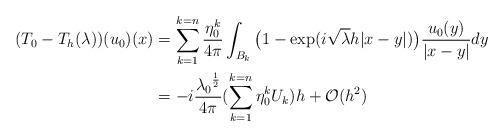
LaTeX: \begin{align*} (T_0-T_h(\lambda))(u_0)(x)&=\sum_{k=1}^{k=n}\frac{\eta_0^k}{4\pi}\int_{B_k}\big(1-\exp({i\sqrt{\lambda}h|x-y|)}\big) \frac{u_0(y)}{|x-y|}dy\\ &=-i\frac{{\lambda_0}^\frac{1}{2}}{4\pi}(\sum_{k=1}^{k=n}\eta_0^kU_k)h+\mathcal{O}(h^2)\end{align*}